Annual report on the lock hospitals of the Madras Presidency
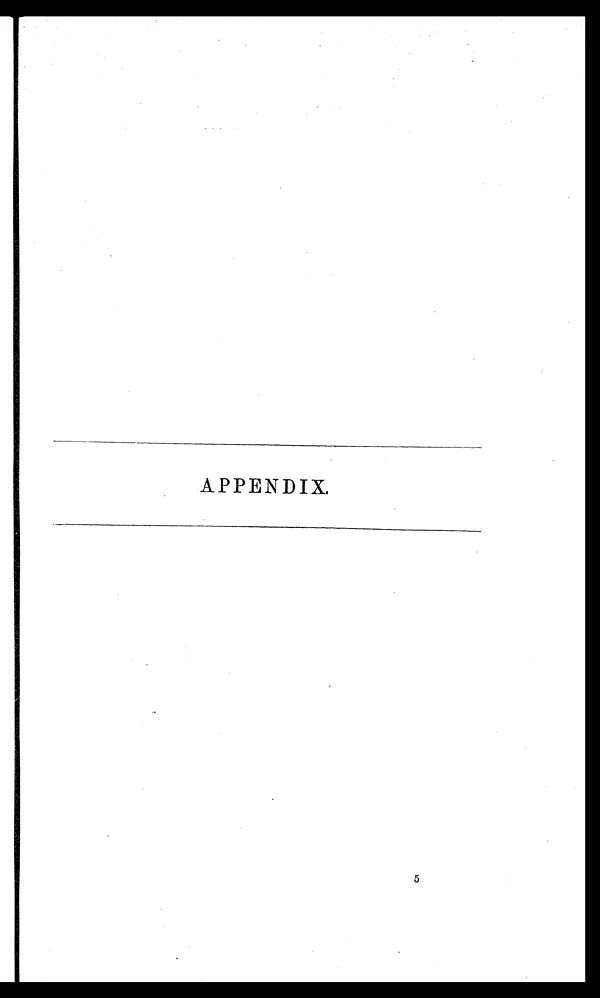
APPENDIX.
5